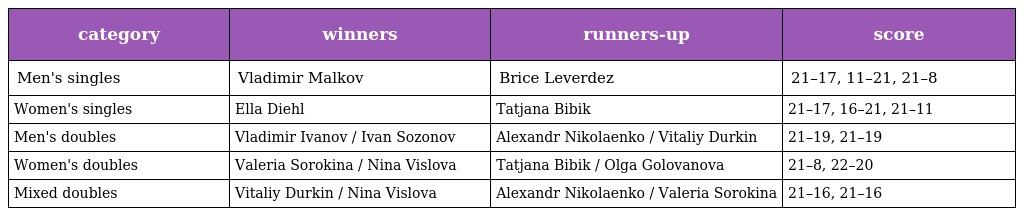
| category | winners | runners-up | score |
 | --- | --- | --- | --- |
 | Men's singles | Vladimir Malkov | Brice Leverdez | 21–17, 11–21, 21–8 |
 | Women's singles | Ella Diehl | Tatjana Bibik | 21–17, 16–21, 21–11 |
 | Men's doubles | Vladimir Ivanov / Ivan Sozonov | Alexandr Nikolaenko / Vitaliy Durkin | 21–19, 21–19 |
 | Women's doubles | Valeria Sorokina / Nina Vislova | Tatjana Bibik / Olga Golovanova | 21–8, 22–20 |
 | Mixed doubles | Vitaliy Durkin / Nina Vislova | Alexandr Nikolaenko / Valeria Sorokina | 21–16, 21–16 |